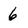
Character: 6